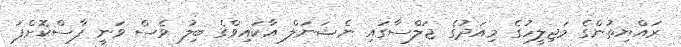
ރައްޔިތުންގެ މަޖިލީހުގެ މިއަދުގެ ޖަލްސާގައި ނެޝަނަލް އާކައިވްގެ ބިލު ވެސް ވަނީ ފާސްކޮށްފަ